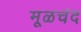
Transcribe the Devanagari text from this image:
मूळचंद